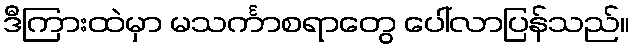
ဒီကြားထဲမှာ မသင်္ကာစရာတွေ ပေါ်လာပြန်သည်။